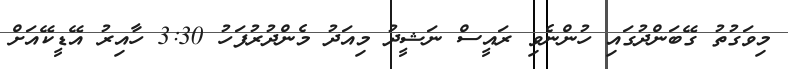
މިވަގުތު ގޭބަންދުގައި ހުންނެވި ރައީސް ނަޝީދު މިއަދު މެންދުރުފަހު 3:30 ހާއިރު އޭޑީކޭއަށް